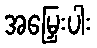
အမြှေးပါး